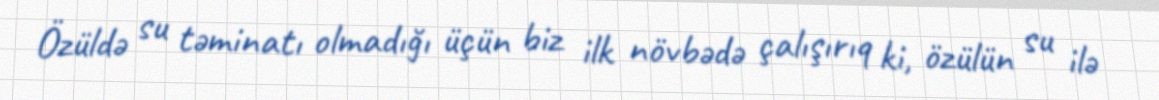
Özüldə su təminatı olmadığı üçün biz ilk növbədə çalışırıq ki, özülün su ilə